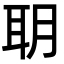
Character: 䎳